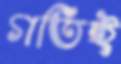
গতিই